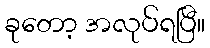
ခုတော့ အလုပ်ရပြီ။